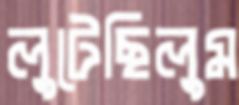
লুটেছিলুম